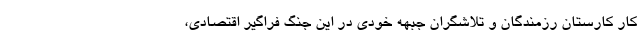
کارِ کارستان رزمندگان و تلاشگران جبهه خودی در این جنگ فراگیر اقتصادی،